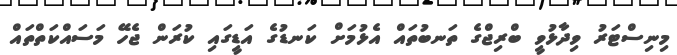
މިނިސްޓަރު ވިދާޅުވީ ބްރިޖްގެ ތަނބުތައް އެޅުމަށް ކަނޑުގެ އަޑީގައި ކުރަން ޖެހޭ މަސައްކަތްތައް